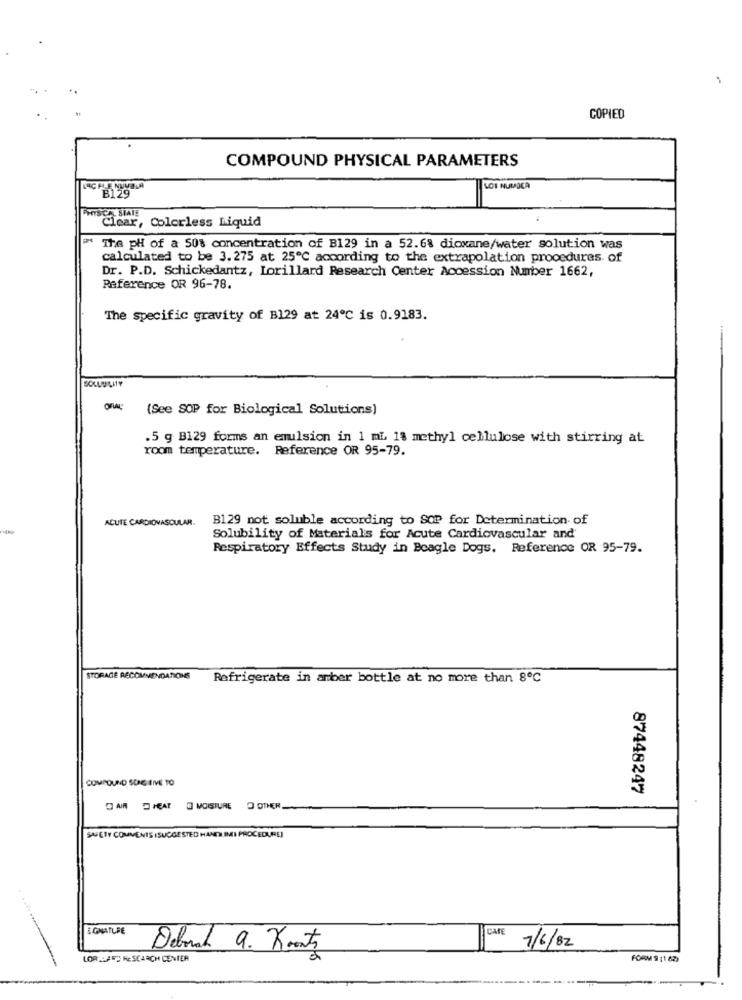
COPIED
COMPOUND PHYSICAL PARAMETERS
LOE NUMPOCA
PHISCA. SIALE
Clear, Colorless Liquid
The pH of a 50% concentration of B129 in a 52.6% dioxane/water solution was
calculated to be 3. 275 at 25℃ according to the extrapolation procedures of
Dr. P.D. Schickedantz, Lorillard Research Center Accession Number 1662,
Reference OR 96-78.
The specific gravity of B129 at 24℃ is 0.9183.
ORAL
(See SOP for Biological Solutions)
.5 g B129 forms an emulsion in 1 mL 18 methyl cellulose with stirring at
room temperature. Reference OR 95-79.
ACUTE CARDIOVASCULAR.
B129 mot soluble according to SOP for Determination of
Solubility of Materials for Acute Cardiovascular and'
Respiratory Effects Study in Beagle Dogs. Reference OR 95-79.
STORAGE RECOMMENDATIONS
Refrigerate in amber bottle at no more than 8℃
COMPOUND SONG EME TO
87448247
DAR HEAT MOISTURE O OTHER
SAFETY COMMENTS (SUGGESTED HANDI IMI PROCEDURE)
CAFE
7/6/82
Deborah 9. Koorts
LORDOFTHE SEARCH CENTER
FORM 9 [1 62)